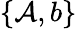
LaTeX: \{ \mathcal{A},b\}